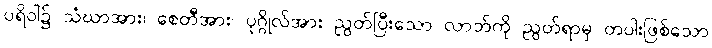
ပရိဝါ၌ သံဃာအား၊ စေတီအား၊ ပုဂ္ဂိုလ်အား ညွတ်ပြီးသော လာဘ်ကို ညွတ်ရာမှ တပါးဖြစ်သော